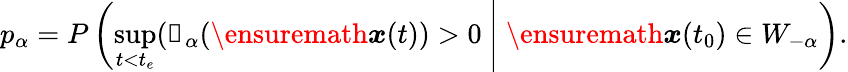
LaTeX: p_{\alpha}=P\left(\operatorname*{sup}_{t<t_{e}}(\mathbb{1}_{\alpha}(\ensuremath{\boldsymbol{{x}}}(t))>0\ \middle|\; \ensuremath{\boldsymbol{{x}}}(t_{0})\in W_{-\alpha}\right).